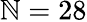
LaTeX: \mathbb{N}=28